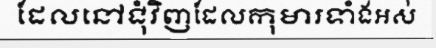
ដែលនៅជុំវិញដែលកុមារទាំងអស់